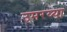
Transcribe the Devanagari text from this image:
उमरय्या